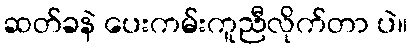
ဆတ်ခနဲ ပေးကမ်းကူညီလိုက်တာ ပဲ။